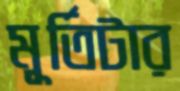
মূর্তিটার